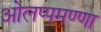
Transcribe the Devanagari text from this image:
ओलप्पमण्णा